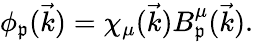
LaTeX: \phi_{\mathfrak{p}}(\vec{{k}})=\chi_{\mu}(\vec{{k}})B_{\mathfrak{p}}^{\mu}(\vec{{k}}).